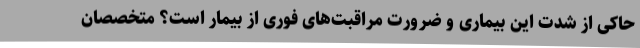
حاکی از شدت این بیماری و ضرورت مراقبت‌های فوری از بیمار است؟ متخصصان